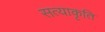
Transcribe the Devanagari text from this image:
सत्याकृति